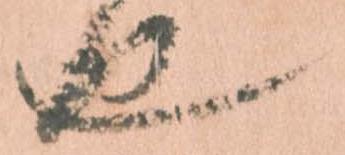
也